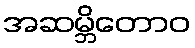
အဆမ္ဘိတောဝ